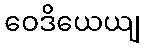
ဝေဒိယေယျ